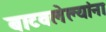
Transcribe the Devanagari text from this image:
बाटवलेल्यांना